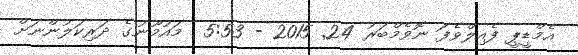
އެމްޑީޕީ ފެއިލްވެފަ ނޮވެމްބަރު 24